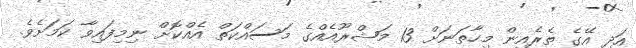
އަދި އޭގެ ތެރެއިން މިހާތަނަށް 13 މަޝްރޫއެއްގެ މަސައްކަތް އެއްކޮށް ނިމިފައިވާ ކަމަށެވެ.